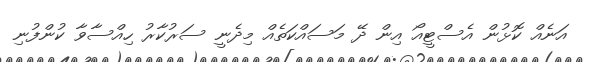
އަނެއް ކޮޅުން އެސްޓީއޯ އިން ދޭ މަސައްކަތެއް މިދެނީ ސަރުކާރު ހިއްސާވާ ކުންފުނި